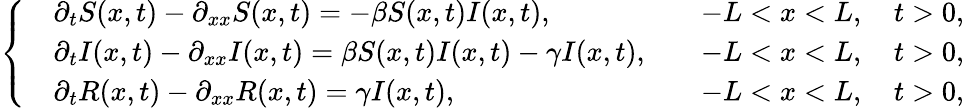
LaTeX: \left\{ \begin{array}{ll}{\begin{array}{rlr}&{\partial_{t}S(x,t)-\partial_{xx}S(x,t)=-\beta S(x,t)I(x,t),}&{\quad-L<x<L,\quad t>0,}\\ &{\partial_{t}I(x,t)-\partial_{xx}I(x,t)=\beta S(x,t)I(x,t)-\gamma I(x,t),}&{\quad-L<x<L,\quad t>0,}\\ &{\partial_{t}R(x,t)-\partial_{xx}R(x,t)=\gamma I(x,t),}&{\quad-L<x<L,\quad t>0,}\end{array}}\end{array}\right.